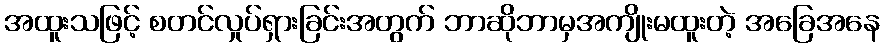
အထူးသဖြင့် စတင်လှုပ်ရှားခြင်းအတွက် ဘာဆိုဘာမှအကျိုးမထူးတဲ့ အခြေအနေ